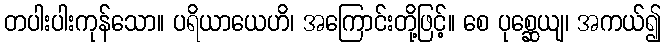
တပါးပါးကုန်သော။ ပရိယာယေဟိ၊ အကြောင်းတို့ဖြင့်။ စေ ပုစ္ဆေယျ၊ အကယ်၍